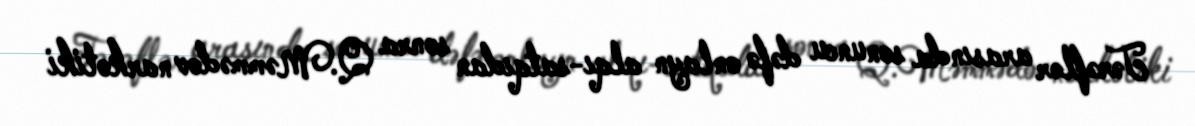
Tərəflər arasında sonuncu dəfə onlayn alqı-satqıdan sonra Q.Məmmədov narkotiki